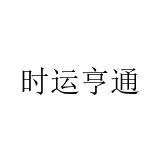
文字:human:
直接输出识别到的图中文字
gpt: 时运亨通